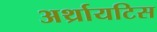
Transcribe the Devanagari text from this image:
अर्थ्रायटिस